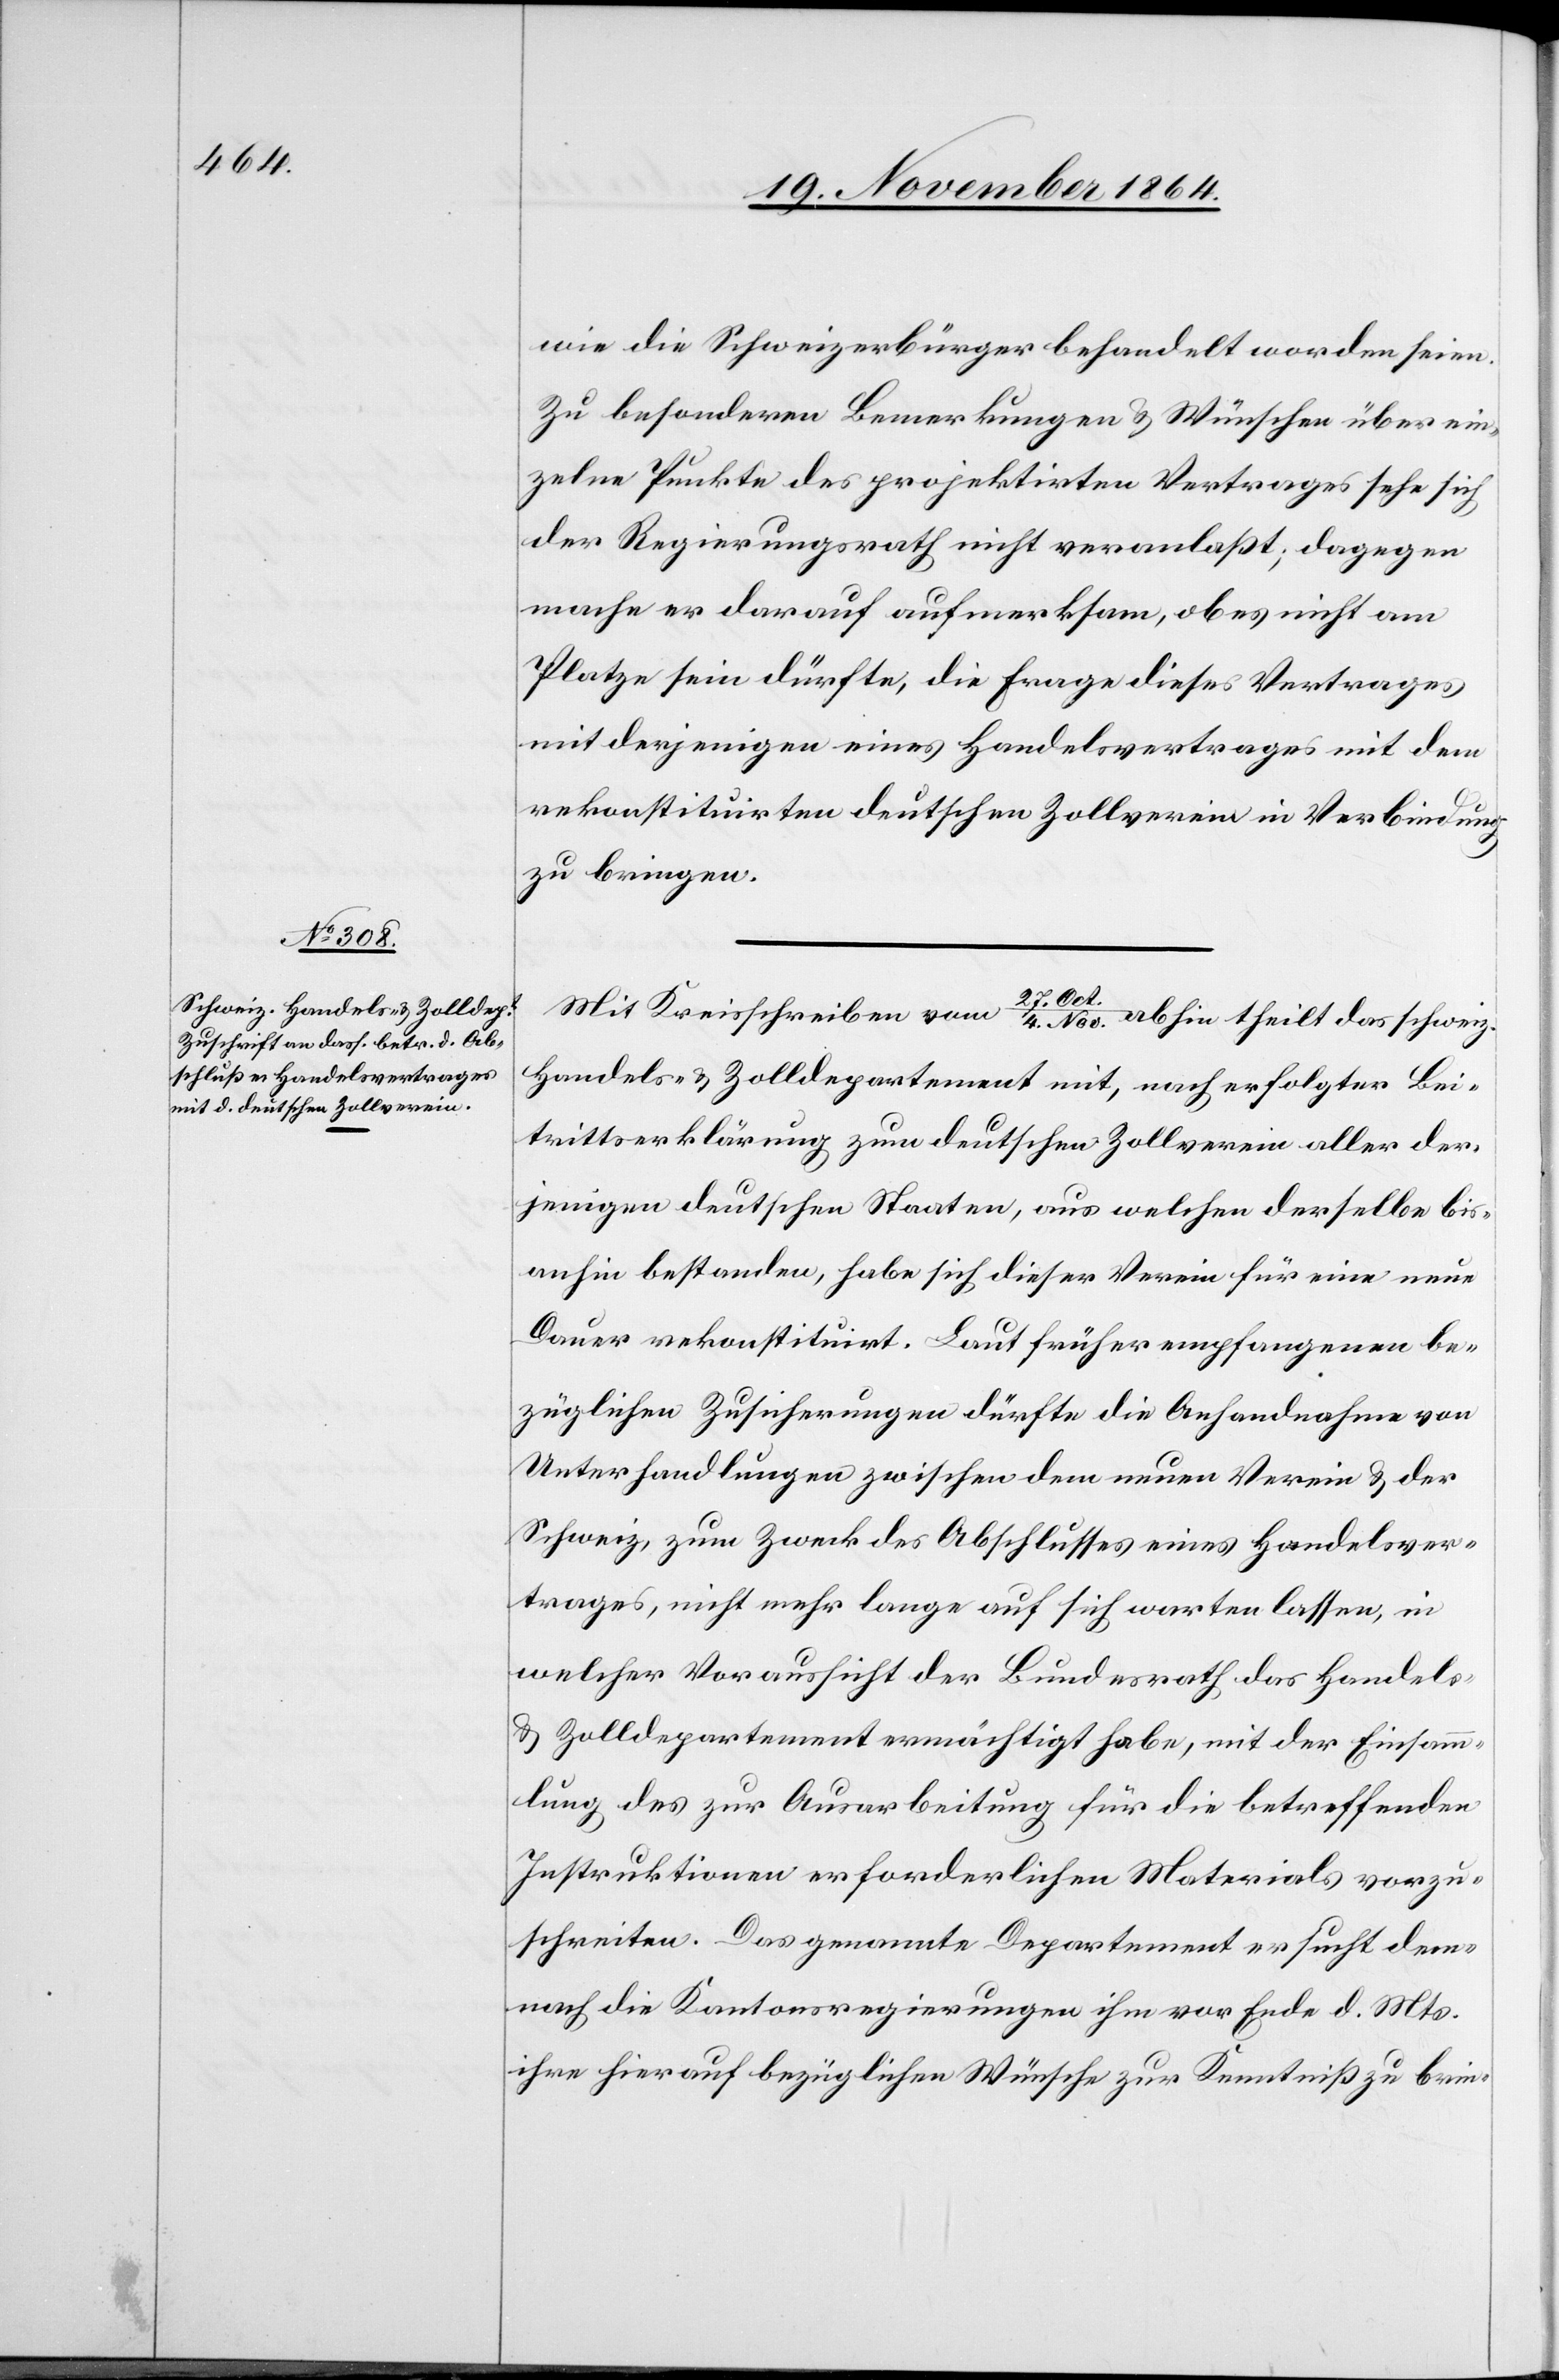
wie die Schweizerbürger behandelt worden seien.
Zu besonderen Bemerkungen & Wünschen über ein¬
zelne Punkte des projektirten Vertrages sehe sich
der Regierungsrath nicht veranlaßt; dagegen
mache er darauf aufmerksam, ob es nicht am
Platze sein dürfte, die Frage dieses Vertrages
mit derjenigen eines Handelsvertrages mit dem
rekonstituirten deutschen Zollverein in Verbindung
zu bringen.
Mit Kreisschreiben vom 27. Oct./4. Nov. abhin theilt das schweiz.
Handels- & Zolldepartement mit, nach erfolgter Bei¬
trittserklärung zum deutschen Zollverein aller der¬
jenigen deutschen Staaten, aus welchen derselbe bis¬
anhin bestanden, habe sich dieser Verein für eine neue
Dauer rekonstituirt. Laut früher empfangenen be¬
züglichen Zusicherungen dürfte die Anhandnahme von
Unterhandlungen zwischen dem neuen Verein & der
Schweiz, zum Zweck des Abschlusses eines Handelsver¬
trages, nicht mehr lange auf sich warten lassen, in
welcher Voraussicht der Bundesrath das Handels-
& Zolldepartement ermächtigt habe, mit der Einsamm¬
lung des zur Ausarbeitung für die betreffenden
Instruktionen erforderlichen Materials vorzu¬
schreiten. Das genannte Departement ersucht dem¬
nach die Kantonsregierungen ihm vor Ende d. Mts.
ihre hierauf bezüglichen Wünsche zur Kenntniß zu brin-